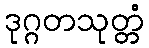
ဒုဂ္ဂတသုတ္တံ